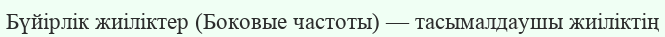
Бүйірлік жиіліктер (Боковые частоты) — тасымалдаушы жиіліктің